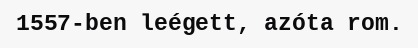
1557-ben leégett, azóta rom.